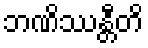
ဘဏိဿန္တီတိ